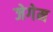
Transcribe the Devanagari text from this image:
जेगेम